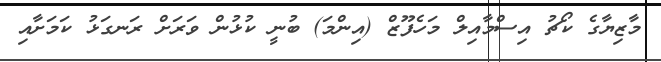
މާޒިޔާގެ ކޯޗު އިސްމާއިލް މަހެފޫޒް (އިންމަ) ބުނީ ކުޅުން ވަރަށް ރަނގަޅު ކަމަށާއި